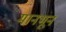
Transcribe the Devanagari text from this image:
मानभून